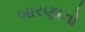
બારણાનો